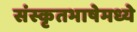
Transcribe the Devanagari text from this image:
संस्कृतभाषेमध्ये